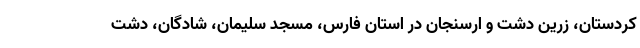
کردستان، زرین دشت و ارسنجان در استان فارس، مسجد سلیمان، شادگان، دشت